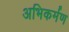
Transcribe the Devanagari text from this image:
अभिकर्मण